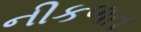
નીકળત